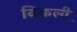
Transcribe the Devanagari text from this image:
विकली़